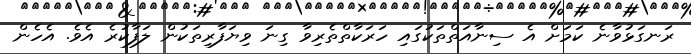
ރަނގަޅުވާނެ ކަމަށް އެ ސިނާއަތްތަކުގައި ހަރަކާތްތެރިވާ ގިނަ ވިޔަފާރިތަކުން ލަފާކުރެ އެވެ. އެހެން